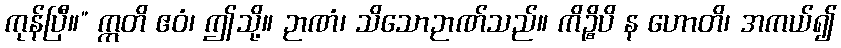
ကုန်ပြီ။” ဣတိ ဧဝံ၊ ဤသို့။ ဉာဏံ၊ သိသောဉာဏ်သည်။ ကိဉ္စိပိ န ဟောတိ၊ အကယ်၍